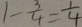
1 - \frac { 3 } { 4 } = \frac { 1 } { 4 }